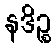
နဒိဉ္စ